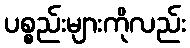
ပစ္စည်းများကိုလည်း